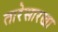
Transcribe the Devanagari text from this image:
तारेसारखा